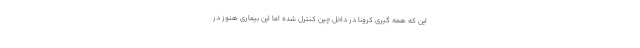
این که همه گیری کرونا در داخل چین کنترل شده اما این بیماری هنوز در